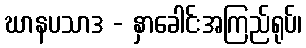
ဃာနပသာဒ - နှာခေါင်းအကြည်ရုပ်၊